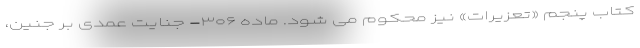
کتاب پنجم «تعزیرات» نیز محکوم می شود. ماده ۳۰۶- جنایت عمدی بر جنین،